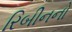
રિબીનનો